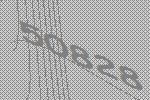
50828